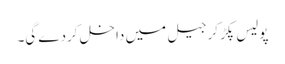
پولیس پکڑ کر جیل میں داخل کردے گی۔